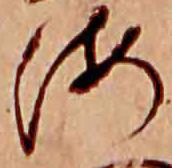
海